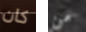
كان من